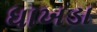
ધાખડા